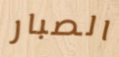
الصبار